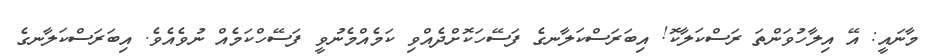
މާނައީ: އޭ އިލާހުވަންތަ ރަސްކަލާކޮ! އިބަރަސްކަލާނގެ ފަސޭހަކޮށްދެއްވި ކަމެއްމެނުވީ ފަސޭހްކަމެއް ނުވެއެވެ. އިބަރަސްކަލާނގެ